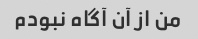
من از آن آگاه نبودم